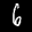
Label: 6